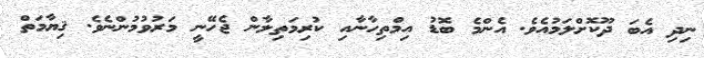
ނިދި އެބަ ދޫކޮށްލަމުއެވެ. އެންމެ ބޮޑު އިމްތިހާނާއި ކުރިމަތިލާން ޖެހޭނީ މަރުވުމުންނެވެ. ޤިޔާމަތް